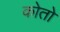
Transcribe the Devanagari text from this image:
कोतो